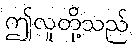
ဤလူတို့သည်